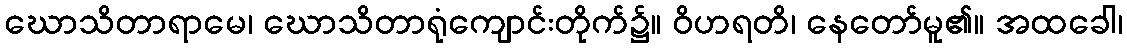
ဃောသိတာရာမေ၊ ဃောသိတာရုံကျောင်းတိုက်၌။ ဝိဟရတိ၊ နေတော်မူ၏။ အထခေါ၊